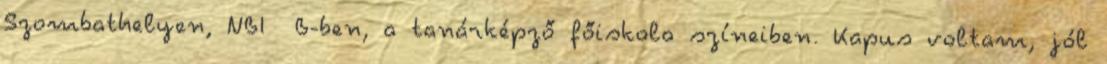
Szombathelyen, NBI B-ben, a tanárképző főiskola színeiben. Kapus voltam, jól